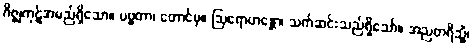
ဂိဇ္ဈကုဋ်အမည်ရှိသော။ ပဗ္ဗတာ၊ တောင်မှ။ ဩရောဟန္တော၊ သက်ဆင်းသည်ရှိသော်။ အညတရိသ္မိံ၊